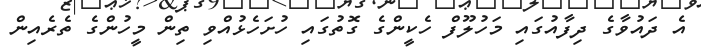
އެ ދައުވާގެ ދިފާއުގައި މަހުލޫފް ހެކީންގެ ގޮތުގައި ހުށަހެޅުއްވި ތިން މީހުންގެ ތެރެއިން